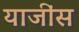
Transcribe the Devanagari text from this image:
याजींस